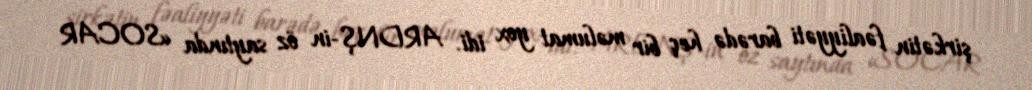
şirkətin fəaliyyəti barədə heç bir məlumat yox idi. ARDNŞ-in öz saytında «SOCAR